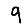
Digit: 9